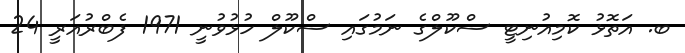
ބ. އަތޮޅު ކޮމިއުނިޓީ ސްކޫލްގެ ނަމުގައި ސްކޫލް ހުޅުވުނީ 1971 ފެބްރުއަރީ 24